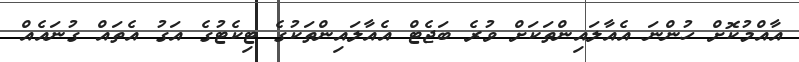
އާއްމުކޮށް ހުންނަ އެއާލައިންތަކަށް ވުރެ ބަޖެޓް އެއާލައިންތަކުގެ ޓިކެޓުގެ އަގު އެތައް ގުނައެއް